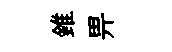
錐畀